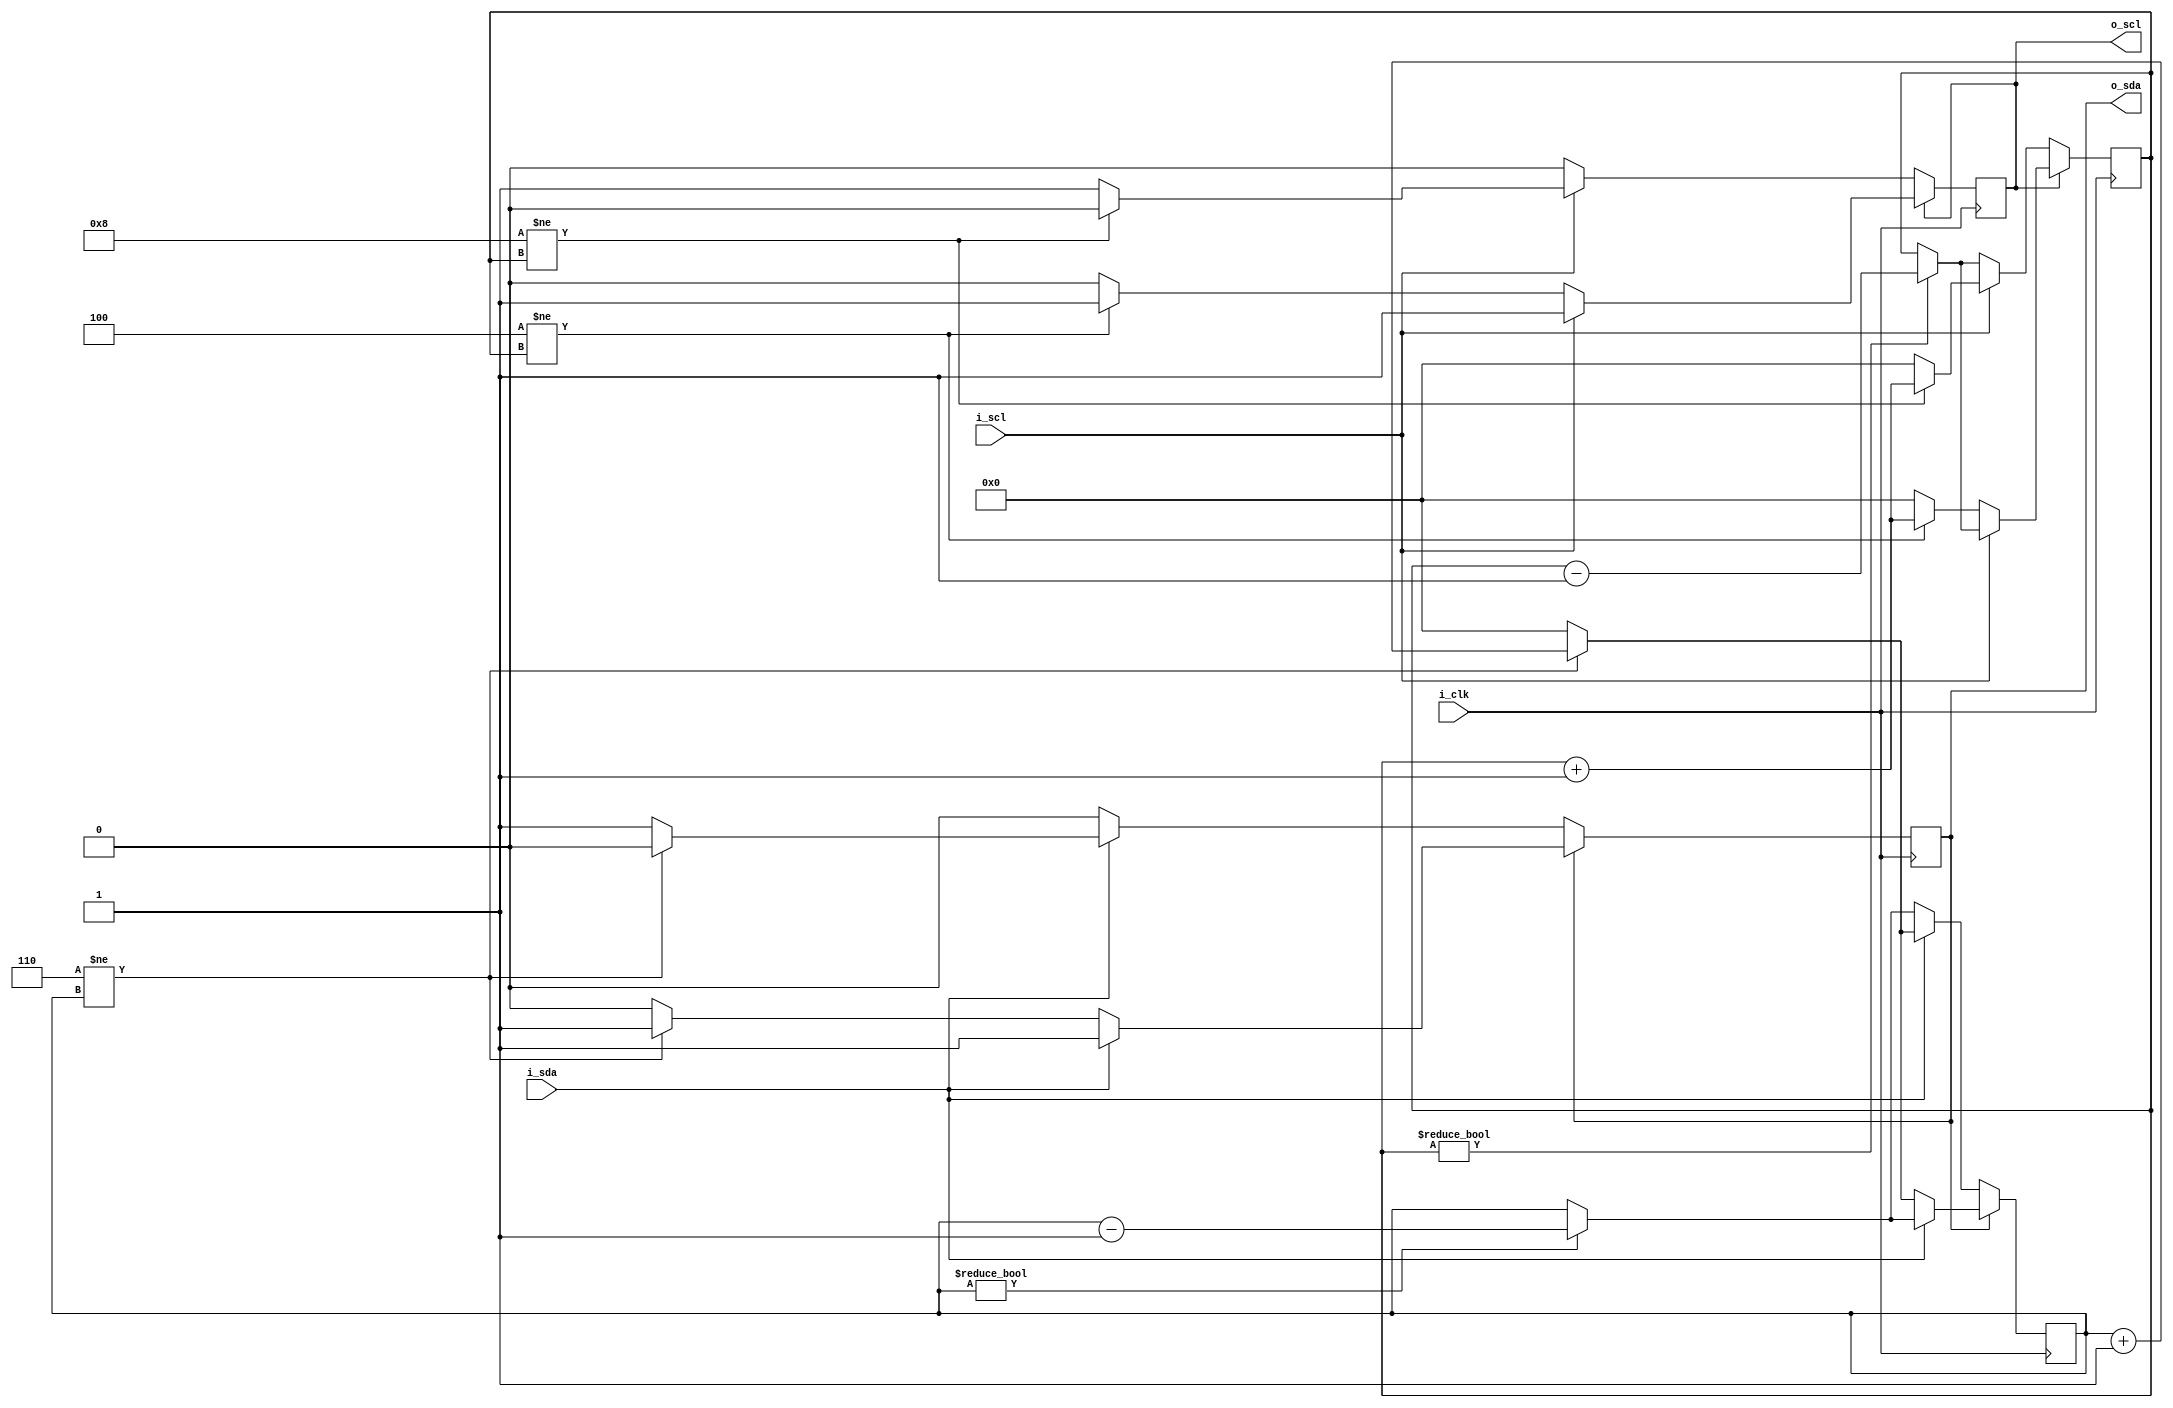
//////////////////////////////////////////////////////////////////////////////
//Copyright 2022 Sergy Pretetsky
//
//Permission is hereby granted, free of charge, to any person obtaining a 
//copy of this software and associated documentation files (the "Software"),
//to deal in the Software without restriction, including without 
//limitation the rights to use, copy, modify, merge, publish, distribute,
//sublicense, and/or sell copies of the Software, and to permit persons to
//whom the Software is furnished to do so, subject to the following 
//conditions:
//
//The above copyright notice and this permission notice shall be included 
//in all copies or substantial portions of the Software.
//
//THE SOFTWARE IS PROVIDED "AS IS", WITHOUT WARRANTY OF ANY KIND, 
//EXPRESS OR IMPLIED, INCLUDING BUT NOT LIMITED TO THE WARRANTIES OF 
//MERCHANTABILITY, FITNESS FOR A PARTICULAR PURPOSE AND NONINFRINGEMENT. 
//IN NO EVENT SHALL THE AUTHORS OR COPYRIGHT HOLDERS BE LIABLE FOR ANY CLAIM,
//DAMAGES OR OTHER LIABILITY, WHETHER IN AN ACTION OF CONTRACT, TORT OR 
//OTHERWISE, ARISING FROM, OUT OF OR IN CONNECTION WITH THE SOFTWARE OR THE 
//USE OR OTHER DEALINGS IN THE SOFTWARE.
//////////////////////////////////////////////////////////////////////////////





module i2c_passthru_infilter #(
	parameter TEST_BENCH_MODE = 0, //set 1 for testbench to inialize registers


	//enable 2 flip flop asynchronous signal filtering
	//to avoid metastability.  Add 2 clock cycle delay
	//(recommended if external signals connected
	// directly to this module)
	parameter EN_2FF_SYNC = 0,
	
	//width required for NUM_CLKS_XXX parameters below
	parameter NUM_CLKS_WIDTH =4,
	
	//number of clocks to count of i_sda/i_scl before out_sda/out_scl are output hi/lo
	//(hi and lo have separate counts, so, for example, transition from hi->lo can
	// be very fast, while transition from lo->hi can be slow
	
	// recommend numbers for 100khz i2c:  i_clk / value , clk / value ,   clk / value
	parameter NUM_CLKS_HI2LO_SDA = 6, //  4MHz / 2      16MHz / 5       66MHz / 10
	parameter NUM_CLKS_LO2HI_SDA = 6, //  4MHz / 2      16MHz / 5       66MHz / 10
	parameter NUM_CLKS_HI2LO_SCL = 4, //  4MHz / 1      16MHz / 3       66MHz / 6
	parameter NUM_CLKS_LO2HI_SCL = 8  //  4MHz / 3      16MHz / 7       66MHz / 14
	
	
	// recommend for 400khz i2c:  i_clk / value             ,  clk / value ,   clk / value
	// NUM_CLKS_HI2LO_SDA = 6; //  4MHz / not recommend      16MHz / 2       66MHz / 5
	// NUM_CLKS_LO2HI_SDA = 6; //  4MHz / not recommend      16MHz / 2       66MHz / 5
	// NUM_CLKS_HI2LO_SCL = 4; //  4MHz / not recommend      16MHz / 1       66MHz / 3
	// NUM_CLKS_LO2HI_SCL = 8; //  4MHz / not recommend      16MHz / 3       66MHz / 7
	
	
	
)(
	input i_clk,
	//input i_rstn,
	input i_sda,
	input i_scl,
	
	output o_sda,
	output o_scl

);

	reg [NUM_CLKS_WIDTH-1:0] sda_cnt;
	reg [NUM_CLKS_WIDTH-1:0] scl_cnt;
	
	reg out_sda ;
	reg out_scl ;
		
	if( TEST_BENCH_MODE) begin
	
		initial begin
			sda_cnt = 0;
			scl_cnt = 0;
			out_sda = 0;
			out_scl = 0;
		end
	end
	
	reg i_scl_2ff;
	reg i_sda_2ff;
	
	reg scl_buf;
	reg sda_buf;
	
	assign o_sda = out_sda;
	assign o_scl = out_scl;
	
	generate
	if( EN_2FF_SYNC) begin

		always @( posedge i_clk) begin
			scl_buf <= i_scl;
			sda_buf <= i_sda;
			
			i_scl_2ff <= scl_buf;
			i_sda_2ff <= sda_buf;
		end
	
	end
	else begin
		always @( *) begin

			i_scl_2ff = i_scl;
			i_sda_2ff = i_sda;
		end
	end
	endgenerate
	
	
	always @(posedge i_clk) begin
		if( out_sda) begin
			if( ~i_sda_2ff ) begin
					sda_cnt   <= (NUM_CLKS_HI2LO_SDA != sda_cnt) ? (sda_cnt + 1'b1) : 0;
					out_sda   <= (NUM_CLKS_HI2LO_SDA != sda_cnt) ?            out_sda : 0;
			end else 
			begin
				sda_cnt <= (0 != sda_cnt) ? (sda_cnt - 1'b1) : sda_cnt;
			end
		end 
		else begin // !out_sda
			if(  i_sda_2ff ) begin
					sda_cnt   <= (NUM_CLKS_LO2HI_SDA != sda_cnt) ? (sda_cnt + 1'b1) : 0;
					out_sda   <= (NUM_CLKS_LO2HI_SDA != sda_cnt) ?            out_sda : 1;
			end else 
			begin
				sda_cnt <= (0 != sda_cnt) ? (sda_cnt - 1'b1) : sda_cnt;
			end
		end
	end
	
	
	always @(posedge i_clk) begin
		if( out_scl) begin
			if( ~i_scl_2ff ) begin
					scl_cnt   <= (NUM_CLKS_HI2LO_SCL != scl_cnt) ? (scl_cnt + 1'b1)   : 0;
					out_scl   <= (NUM_CLKS_HI2LO_SCL != scl_cnt) ?            out_scl : 0;
			end else 
			begin
				scl_cnt <= (0 != scl_cnt) ? (scl_cnt - 1'b1) : scl_cnt;
			end
		end 
		else begin // !out_scl
			if(  i_scl_2ff ) begin
					scl_cnt   <= (NUM_CLKS_LO2HI_SCL != scl_cnt) ? (scl_cnt + 1'b1)   : 0;
					out_scl   <= (NUM_CLKS_LO2HI_SCL != scl_cnt) ?            out_scl : 1;
			end else 
			begin
				scl_cnt <= (0 != scl_cnt) ? (scl_cnt - 1'b1) : scl_cnt;
			end
		end
	end
	

	//reg [7:0] scl_pipe;
	//reg [5:0] sda_pipe;
	//
	//always @(posedge i_clk) begin
	//	scl_pipe <= {scl_pipe[6:0], i_scl};
	//	sda_pipe <= {sda_pipe[4:0], i_sda};
	//end
	//
	//always @(posedge i_clk) begin
	//	if(        4'h0 == scl_pipe[3:0]) out_scl <= 1'b0;
	//	else if ( 8'hFF == scl_pipe[7:0]) out_scl <= 1'b1;
	//end
	//
	//always @(posedge i_clk) begin
	//	if(       6'h00 == sda_pipe[5:0])  out_sda <= 1'b0;
	//	else if ( 6'h3F == sda_pipe[5:0])  out_sda <= 1'b1;
	//end

	




endmodule